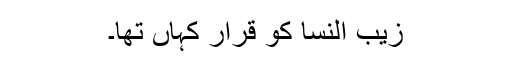
زیب النسا کو قرار کہاں تھا۔